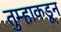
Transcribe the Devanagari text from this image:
तुम्हाकडून